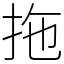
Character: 拖